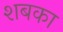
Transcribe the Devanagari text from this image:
शबका